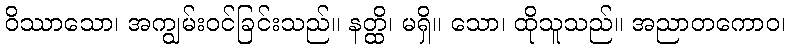
ဝိဿာသော၊ အကျွမ်းဝင်ခြင်းသည်။ နတ္ထိ၊ မရှိ။ သော၊ ထိုသူသည်။ အညာတကောဝ၊